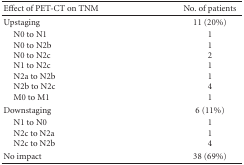
<table><thead><tr><td><b>Effect of PET-CT on TNM</b></td><td><b>No. of patients</b></td></tr></thead><tbody><tr><td>Upstaging</td><td>11 (20%)</td></tr><tr><td> N0 to N1N0 to N2bN0 to N2cN1 to N2cN2a to N2bN2b to N2cM0 to M1</td><td>1 1 2 1 1 4 1</td></tr><tr><td>Downstaging</td><td>6 (11%)</td></tr><tr><td> N1 to N0N2c to N2aN2c to N2b</td><td>1 1 4</td></tr><tr><td>No impact</td><td>38 (69%)</td></tr></tbody></table>